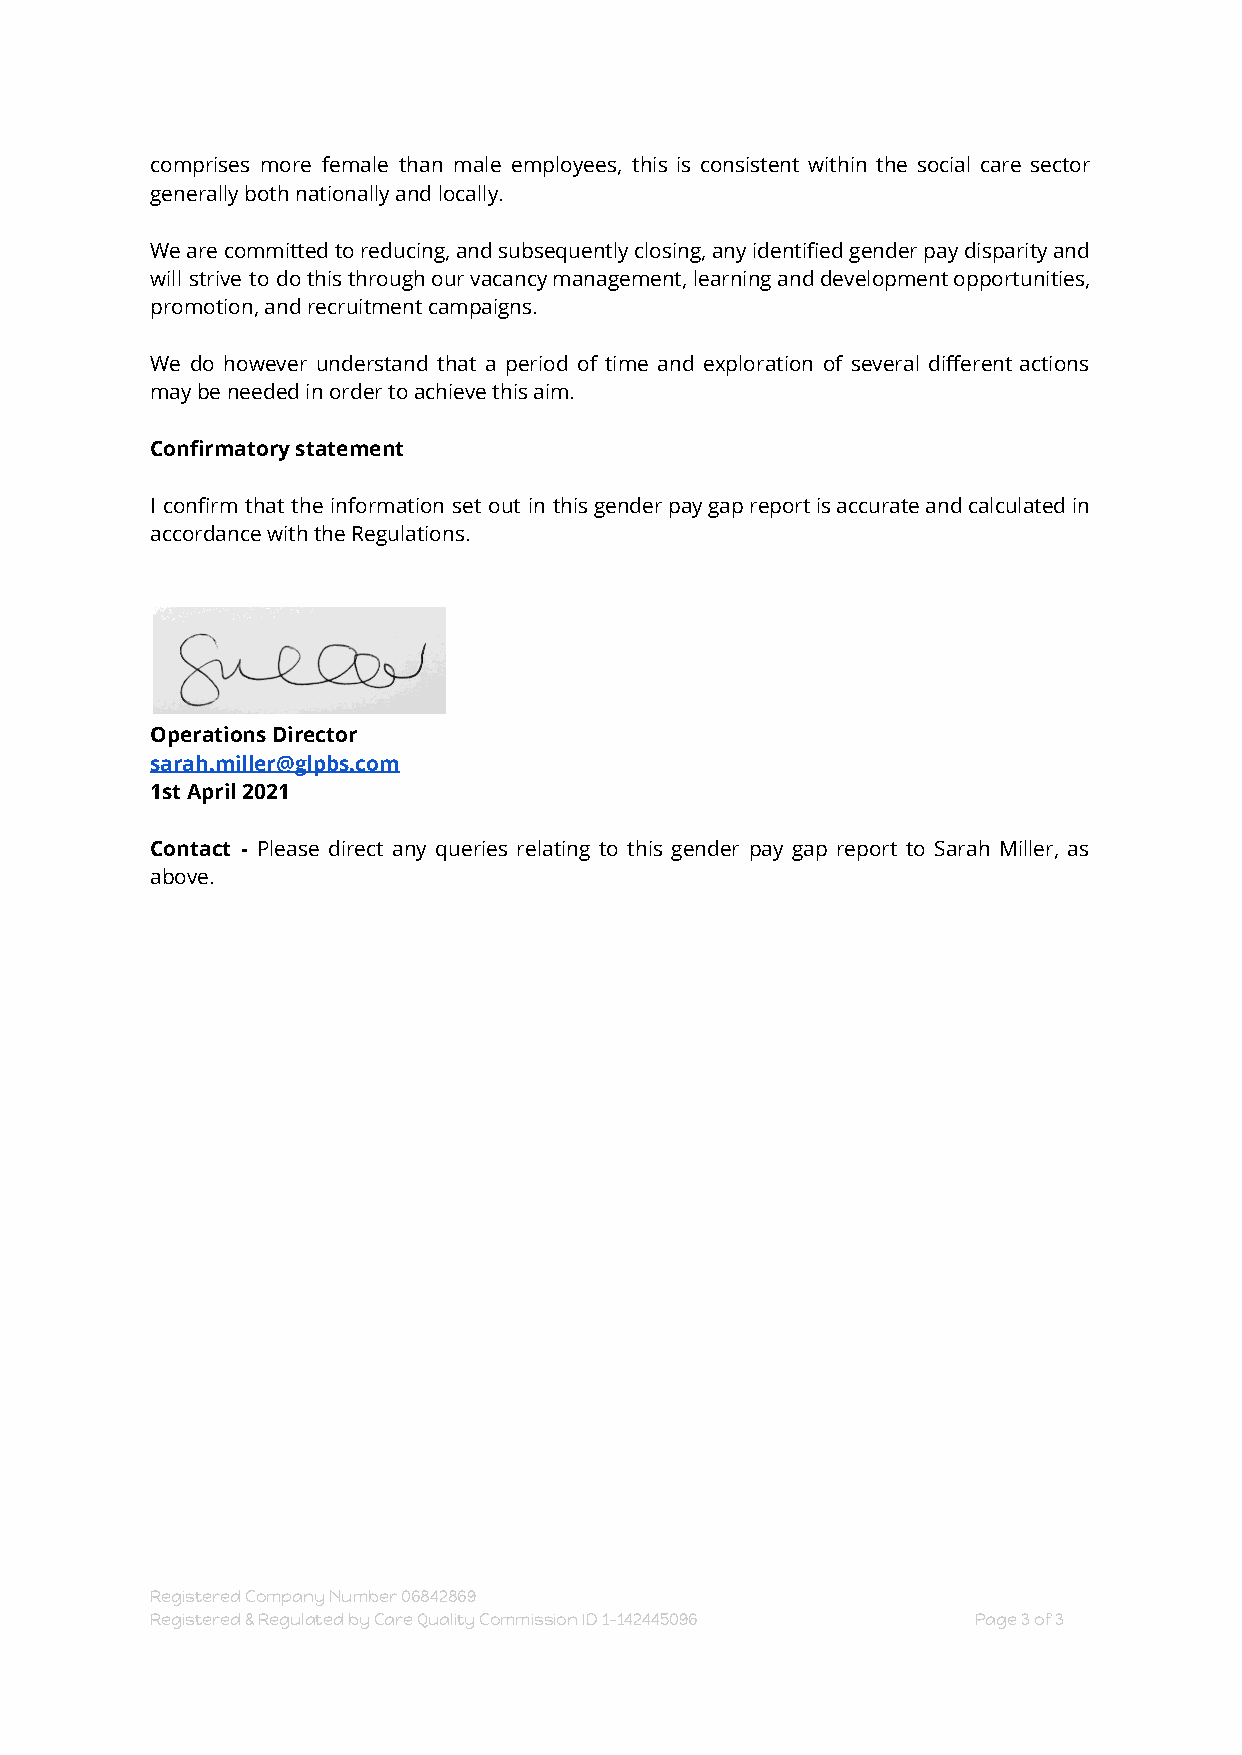
comprises more female than male employees, this is consistent within the social care sector
 generally both nationally and locally.
 Wearecommittedtoreducing,andsubsequentlyclosing,anyidentifiedgenderpaydisparityand
 will strive to dothisthroughourvacancymanagement,learninganddevelopmentopportunities,
 promotion, and recruitment campaigns.
 We do however understand that a period of time and exploration of several different actions
 may be needed in order to achieve this aim.
 Confirmatory statement
 I confirm that the information set out in thisgenderpaygapreportisaccurateandcalculatedin
 accordance with the Regulations.
 Operations Director
 sarah.miller@glpbs.com
 1st April 2021
 Contact - Please direct any queries relating to this gender pay gap report to Sarah Miller, as
 above.
 Registered Company Number 06842869
 Registered & Regulated by Care Quality Commission ID 1-142445096 Page3of3